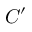
C ^ { \prime }